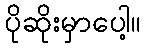
ပိုဆိုးမှာပေါ့။